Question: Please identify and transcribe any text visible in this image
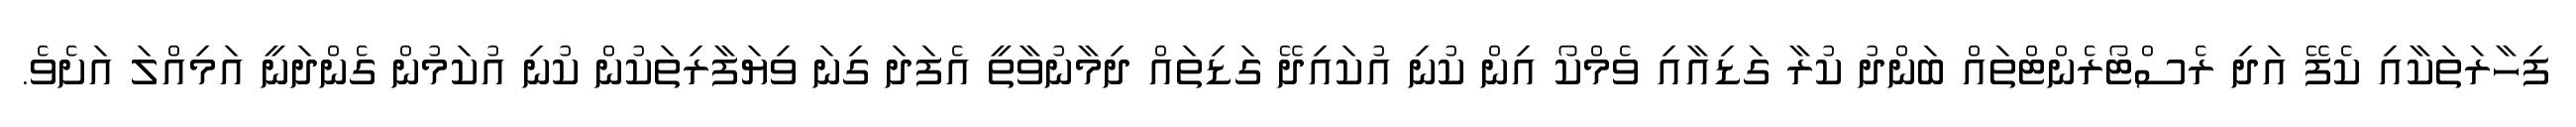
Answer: ފިހާރަތަކާއި ކެފޭ އަދި ރެސްޓޯރެންޓްތައް ބަންދު ކުރާ ގަޑިއާއި ވެމްކޯ އިން ކުނި އުކައިދޭ ގަޑިތައް ދިމާނުވާތީ އެފަދަ ގިނަ ވިޔަފާރިތަކުން ކުނި އުކަމުން ގެންދަނީ އަމިއްލަ އަށެވެ.